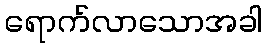
ရောက်လာသောအခါ